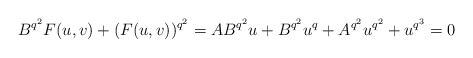
\begin{align*}B^{q^2}F(u,v)+(F(u,v))^{q^2}=AB^{q^2} u + B^{q^2}u^q+ A^{q^2}u^{q^2} + u^{q^3}=0\end{align*}